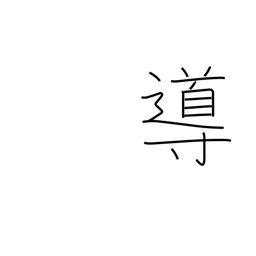
Meaning: guidance